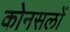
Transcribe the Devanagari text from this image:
कोनसलों